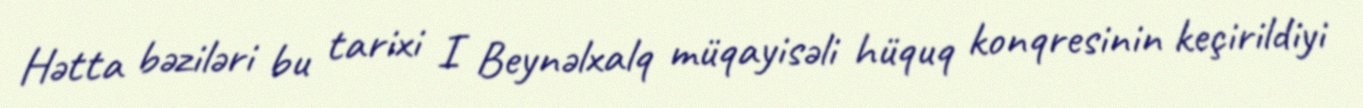
Hətta bəziləri bu tarixi I Beynəlxalq müqayisəli hüquq konqresinin keçirildiyi